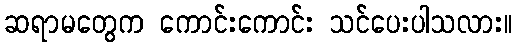
ဆရာမတွေက ကောင်းကောင်း သင်ပေးပါသလား။